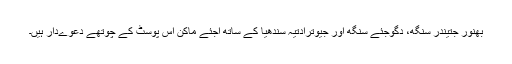
بھنور جِتیندر سنگھ، دِگوِجئے سنگھ اور جیوترادتیہ سندھیا کے ساتھ اجئے ماکن اس پوسٹ کے چوتھے دعوےدار ہیں۔